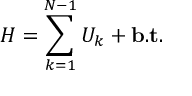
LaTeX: H = \sum _ { k = 1 } ^ { N - 1 } U _ { k } + { \bf b . t } .